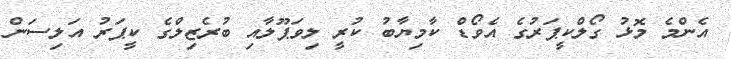
އެންމެ މޮޅު ގޯލްކީޕަރުގެ އެވޯޑް ކާމިޔާބު ކުރީ ލިވަޕޫލާއި ބުރެޒިލްގެ ކީޕަރު އަލިސަން